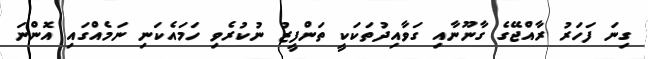
ގިނަ ފަހަރު ރާއްޖޭގެ ގާނޫނާއި ގަވާއިދުތަކަކީ ތަންފީޒު ނުކުރެވި ހަމައެކަނި ނަމެއްގައި އޮންނަ